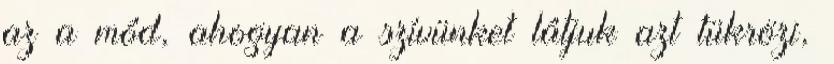
az a mód, ahogyan a szívünket látjuk azt tükrözi,